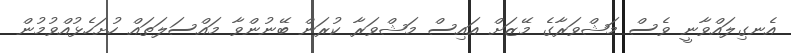
އެނގިލައްވާނީ ވެސް މަޝްވަރާގެ މޭޒަށް އައިސް މަޝްވަރާ ކުރަން ބޭނުންވާ މައްސަލަތައް ހުށަހެޅުއްވުމުން